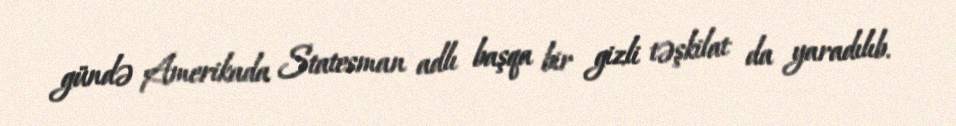
gündə Amerikada Statesman adlı başqa bir gizli təşkilat da yaradılıb.